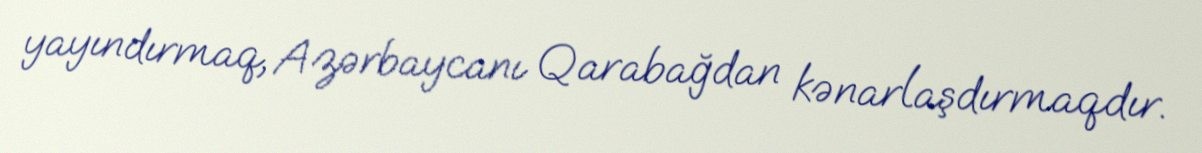
yayındırmaq, Azərbaycanı Qarabağdan kənarlaşdırmaqdır.